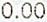
0.00